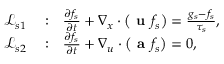
\begin{array} { r l } { \mathcal { L } _ { s 1 } } & { { } : ~ ~ \frac { \partial f _ { s } } { \partial t } + \nabla _ { x } \cdot \left( \textbf { u } f _ { s } \right) = \frac { g _ { s } - f _ { s } } { \tau _ { s } } , } \\ { \mathcal { L } _ { s 2 } } & { { } : ~ ~ \frac { \partial f _ { s } } { \partial t } + \nabla _ { u } \cdot \left( \textbf { a } f _ { s } \right) = 0 , } \end{array}